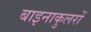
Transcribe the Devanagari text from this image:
बाइनाकुलरों